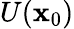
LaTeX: U(\mathbf{x}_{0})